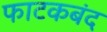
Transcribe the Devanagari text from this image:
फाटकबंद